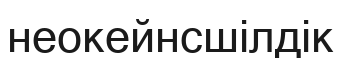
неокейнсшілдік